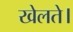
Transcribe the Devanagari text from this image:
खेलते।